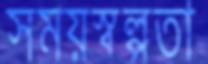
সময়স্বল্পতা